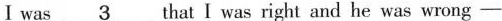
I was \underline{3} that I was right and he was wrong—